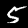
Label: 5